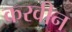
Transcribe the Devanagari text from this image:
करवीन